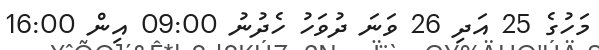
މަހުގެ 25 އަދި 26 ވަނަ ދުވަހު ހެދުނު 09:00 އިން 16:00